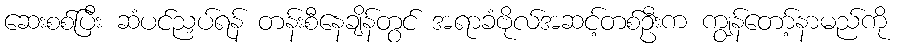
ဆေးစစ်ပြီး ဆံပင်ညှပ်ရန် တန်းစီနေချိန်တွင် အရာခံဗိုလ်အဆင့်တစ်ဦးက ကျွန်တော့်နာမည်ကို